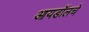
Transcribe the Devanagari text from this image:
आयडॉलचे